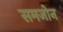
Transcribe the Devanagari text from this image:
समजोन